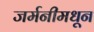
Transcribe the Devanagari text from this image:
जर्मनीमधून